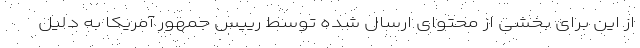
از این برای بخشی از محتوای ارسال شده توسط رییس جمهور آمریکا به دلیل